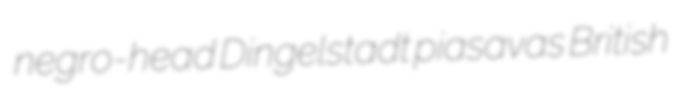
negro-head Dingelstadt piasavas British